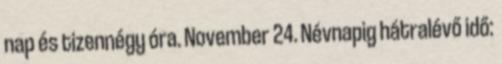
nap és tizennégy óra. November 24. Névnapig hátralévő idő: